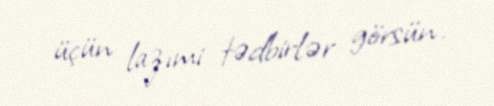
üçün lazımi tədbirlər görsün.